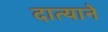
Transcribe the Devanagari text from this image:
दात्याने